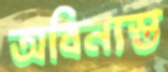
অবিন্যস্ত